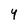
Character: 4